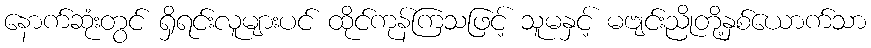
နောက်ဆုံးတွင် ရှိရင်းလူများပင် ထိုင်ကုန်ကြသဖြင့် သူမနှင့် မဗျင်းညိုတို့နှစ်ယောက်သာ